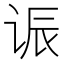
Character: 𫍨